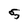
Character: 5